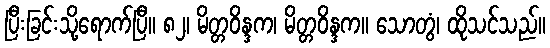
ပြီးခြင်းသို့ရောက်ပြီ။ ၈၂၊ မိတ္တဝိန္ဒက၊ မိတ္တဝိန္ဒက။ သောတွံ၊ ထိုသင်သည်။